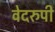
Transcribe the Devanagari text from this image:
वेदरुपी